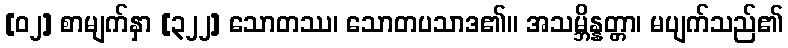
[၀၂] စာမျက်နှာ [၃၂၂] သောတဿ၊ သောတပသာဒ၏။ အသမ္ဘိန္နတ္တာ၊ မပျက်သည်၏